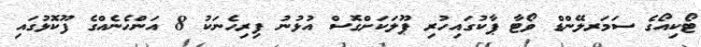
ޓޯކިއޯގެ ސަމަރލޭންޑް ވޯޓާ ޕާކުގައިހުރި ޕޫލަކަށްގޮސް އުޅުނު ފިރިހެނަކު 8 އަންހެނެއްގެ ފޫކޮޅުގައި